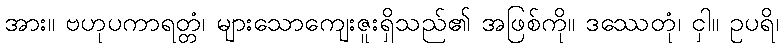
အား။ ဗဟုပကာရတ္တံ၊ များသောကျေးဇူးရှိသည်၏ အဖြစ်ကို။ ဒဿေတုံ၊ ငှါ။ ဥပရိ၊